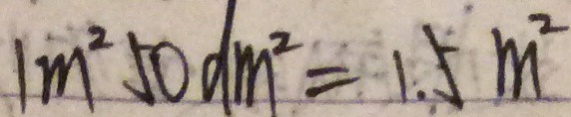
1 m ^ { 2 } 5 0 d m ^ { 2 } = 1 . 5 m ^ { 2 }